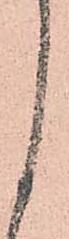
く